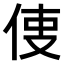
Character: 𠉕